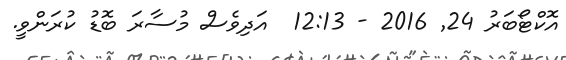
އޮކްޓޯބަރު 24